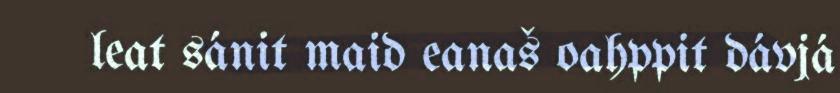
leat sánit maid eanaš oahppit dávjá